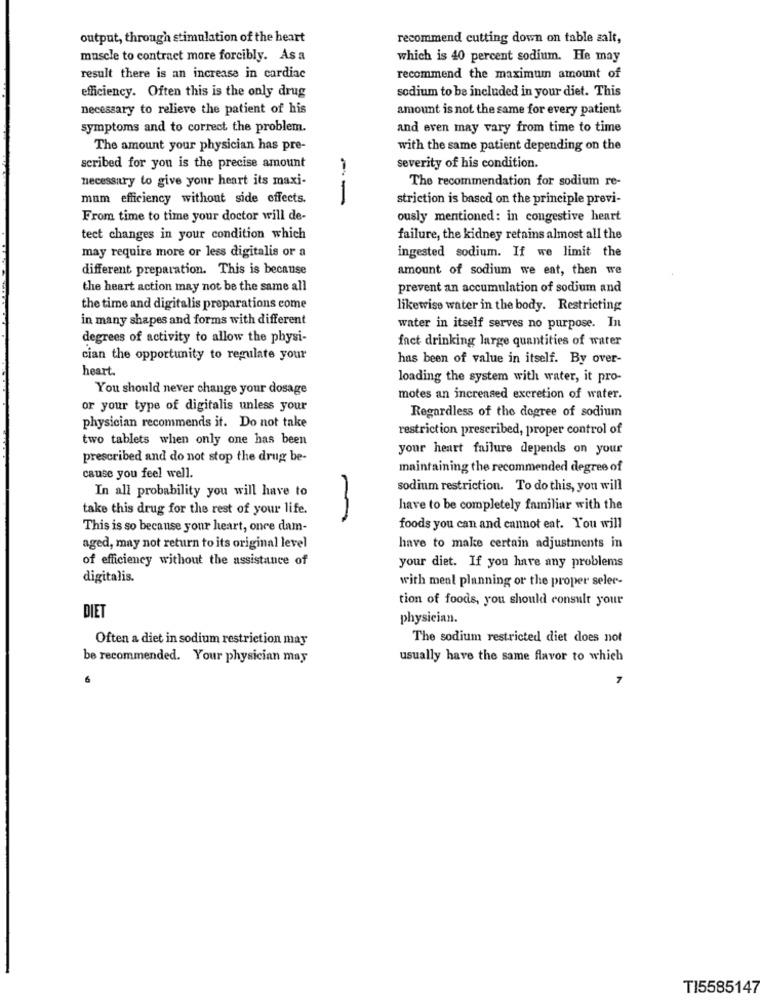
output, through stimulation of the heart
recommend cutting down on table salt,
muscle to contract more forcibly. As a
which is 40 percent sodium. He may
result there is an increase in cardiac
recommend the maximum amount of
sodium to be included in your diet. This
efficiency. Often this is the only drug
necessary to relieve the patient of his
amount is not the same for every patient
symptoms and to correct the problem.
and even may vary from time to time
The amount your physician has pre-
with the same patient depending on the
scribed for you is the precise amount
severity of his condition.
necessary to give your heart its maxi-
The recommendation for sodium re-
mum efficiency without side effects.
--
striction is based on the principle previ-
From time to time your doctor will de-
ously mentioned: in congestive heart
tect changes in your condition which
failure, the kidney retains almost all the
ingested sodium. If we limit the
may require more or less digitalis or a
different preparation. This is because
amount of sodium we eat, then we
the heart action may not be the same all
prevent an accumulation of sodium and
the time and digitalis preparations come
likewise water in the body. Restricting
in many shapes and forms with different
water in itself serves no purpose. In
degrees of activity to allow the physi-
fact drinking large quantities of water
cian the opportunity to regulate your
has been of value in itself. By over-
heart.
loading the system with water, it pro-
You should never change your dosage
motes an increased excretion of water.
or your type of digitalis unless your
Regardless of the degree of sodium
physician recommends it. Do not take
restriction prescribed, proper control of
two tablets when only one has been
your heart failure depends on your
prescribed and do not stop the drug be-
maintaining the recommended degree of
cause you feel well.
In all probability you will have to
sodium restriction. To do this, you will
take this drug for the rest of your life.
have to be completely familiar with the
This is so because your heart, onre dam-
foods you can and cannot eat. You will
aged, may not return to its original level
have to make certain adjustments in
of efficiency without the assistance of
your diet. If you have any problems
digitalis.
with meal planning or the proper seler-
tion of foods, you should consult your
DIET
physician.
Often a diet in sodium restriction may
The sodium restricted diet does not
be recommended. Your physician may
usually have the same flavor to which
6
7
TI5585147